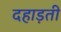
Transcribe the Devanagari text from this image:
दहाड़ती